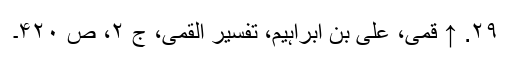
۲۹. ↑ قمی، علی بن ابراہیم، تفسیر القمی، ج ۲، ص ۴۲۰۔